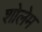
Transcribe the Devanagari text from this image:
शोलेम